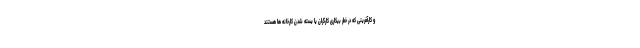
و کارآفرینی که در خطر بیکاری کارگران یا بسته شدن کارخانه ها هستند